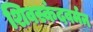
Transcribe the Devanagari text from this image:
शिवस्कंदवर्मन